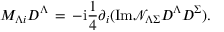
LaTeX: M _ { \Lambda i } D ^ { \Lambda } \, = \, - \mathrm { { i } } \frac { 1 } { 4 } \partial _ { i } ( \mathrm { { I m } } { \mathcal { N } } _ { \Lambda \Sigma } D ^ { \Lambda } D ^ { \Sigma } ) .